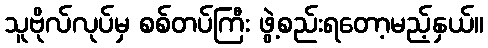
သူဗိုလ်လုပ်မှ စစ်တပ်ကြီး ဖွဲ့စည်းရတော့မည့်နှယ်။